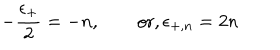
- { \frac { \epsilon _ { + } } { 2 } } = - n , \qquad \mathrm { o r , } \, \epsilon _ { + , n } = 2 n